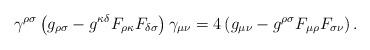
LaTeX: \begin{align*}\gamma^{\rho \sigma} \left( g_{\rho \sigma} -g^{\kappa \delta} F_{\rho \kappa}F_{\delta \sigma} \right) \gamma_{\mu \nu} = 4\left( g_{\mu \nu} -g^{\rho\sigma} F_{\mu \rho} F_{\sigma \nu} \right) .\end{align*}